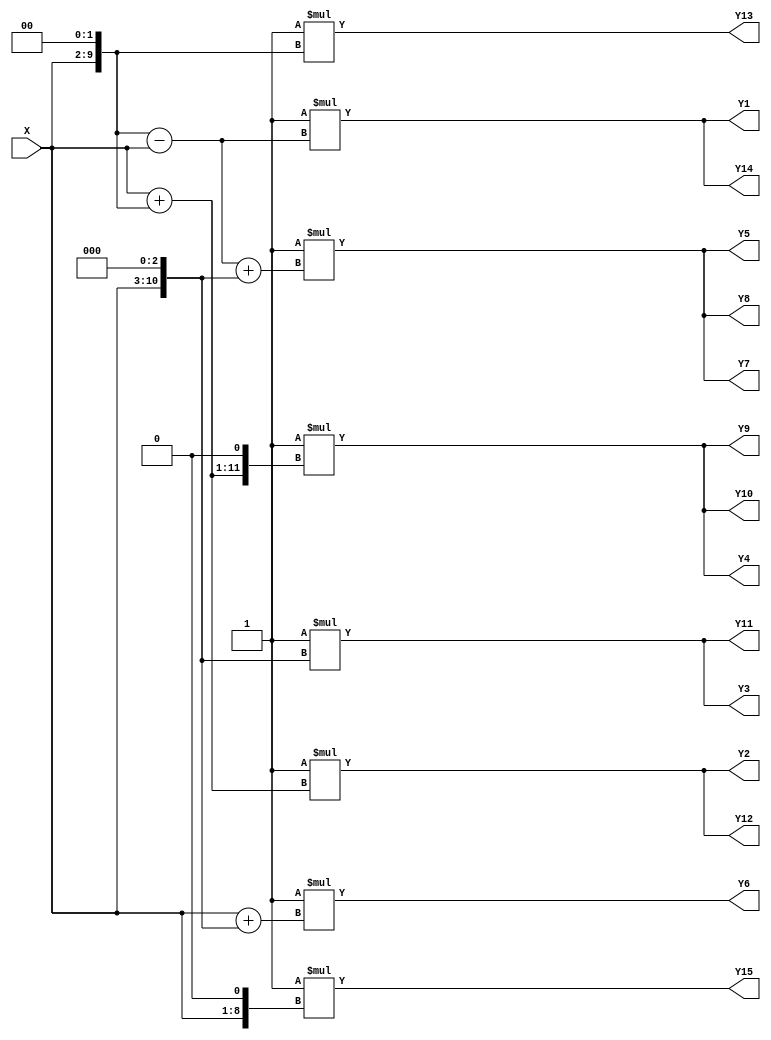
/*------------------------------------------------------------------------------
 * Date generated: 10/02/2023
 * Date modified: 08/05/2023
 * Description: MCM filter for 1/16 precision coefficients - Tap 1
 *------------------------------------------------------------------------------ */

module t1_affine_8 (
    X,
    Y1,
    Y2,
    Y3,
    Y4,
    Y5,
    Y6,
    Y7,
    Y8,
    Y9,
    Y10,
    Y11,
    Y12,
    Y13,
    Y14,
    Y15
);


// ------------------------------------------
// Port mode declarations
// ------------------------------------------
  input  signed  [7:0] X;
  output signed [9:0]	 Y1;
  output signed [10:0]	 Y2;
  output signed [11:0]	 Y3;
  output signed [11:0]	 Y4;
  output signed [11:0]	 Y5;
  output signed [11:0]	 Y6;
  output signed [11:0]	 Y7;
  output signed [11:0]	 Y8;
  output signed [11:0]	 Y9;
  output signed [11:0]	 Y10;
  output signed [11:0]	 Y11;
  output signed [10:0]	 Y12;
  output signed [10:0]	 Y13;
  output signed [9:0]	 Y14;
  output signed [9:0]	 Y15;
	 

// ------------------------------------------
// Wires declarations
// ------------------------------------------
  wire signed [7:0] w1;
  wire signed [9:0] w4;
  wire signed [9:0] w3;
  wire signed [10:0] w5;
  wire signed [10:0] w8;
  wire signed [11:0] w9;
  wire signed [11:0] w11;
  wire signed [9:0] w3_;
  wire signed [10:0] w5_;
  wire signed [11:0] w8_;
  wire signed [11:0] w10;
  wire signed [11:0] w10_;
  wire signed [11:0] w11_;
  wire signed [11:0] w9_;
  wire signed [10:0] w4_;
  wire signed [8:0] w2;
  wire signed [9:0] w2_;


// ------------------------------------------
// Combinational logic
// ------------------------------------------
  assign w1 = X;
  assign w4 = w1 << 2;
  assign w3 = w4 - w1;
  assign w5 = w1 + w4;
  assign w8 = w1 << 3;
  assign w9 = w1 + w8;
  assign w11 = w3 + w8;
  assign w3_ = -1 * w3;
  assign w5_ = -1 * w5;
  assign w8_ = -1 * w8;
  assign w10 = w5 << 1;
  assign w10_ = -1 * w10;
  assign w11_ = -1 * w11;
  assign w9_ = -1 * w9;
  assign w4_ = -1 * w4;
  assign w2 = w1 << 1;
  assign w2_ = -1 * w2;
  
  
// ------------------------------------------
// Outputs
// ------------------------------------------
  assign Y1  = w3_;
  assign Y2  = w5_;
  assign Y3  = w8_;
  assign Y4  = w10_;
  assign Y5  = w11_;
  assign Y6  = w9_;
  assign Y7  = w11_;
  assign Y8  = w11_;
  assign Y9  = w10_;
  assign Y10  = w10_;
  assign Y11 = w8_;
  assign Y12 = w5_;
  assign Y13 = w4_;
  assign Y14 = w3_;
  assign Y15 = w2_;

endmodule //t1_affine_8